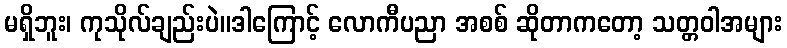
မရှိဘူး၊ ကုသိုလ်ချည်းပဲ။ဒါကြောင့် လောကီပညာ အစစ် ဆိုတာကတော့ သတ္တဝါအများ